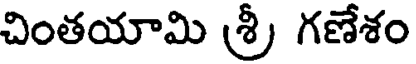
చింతయామి (శ్రీ గణేశం